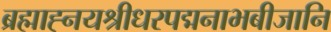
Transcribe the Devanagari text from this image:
ब्रह्माह्नयश्रीधरपद्मनाभबीजानि